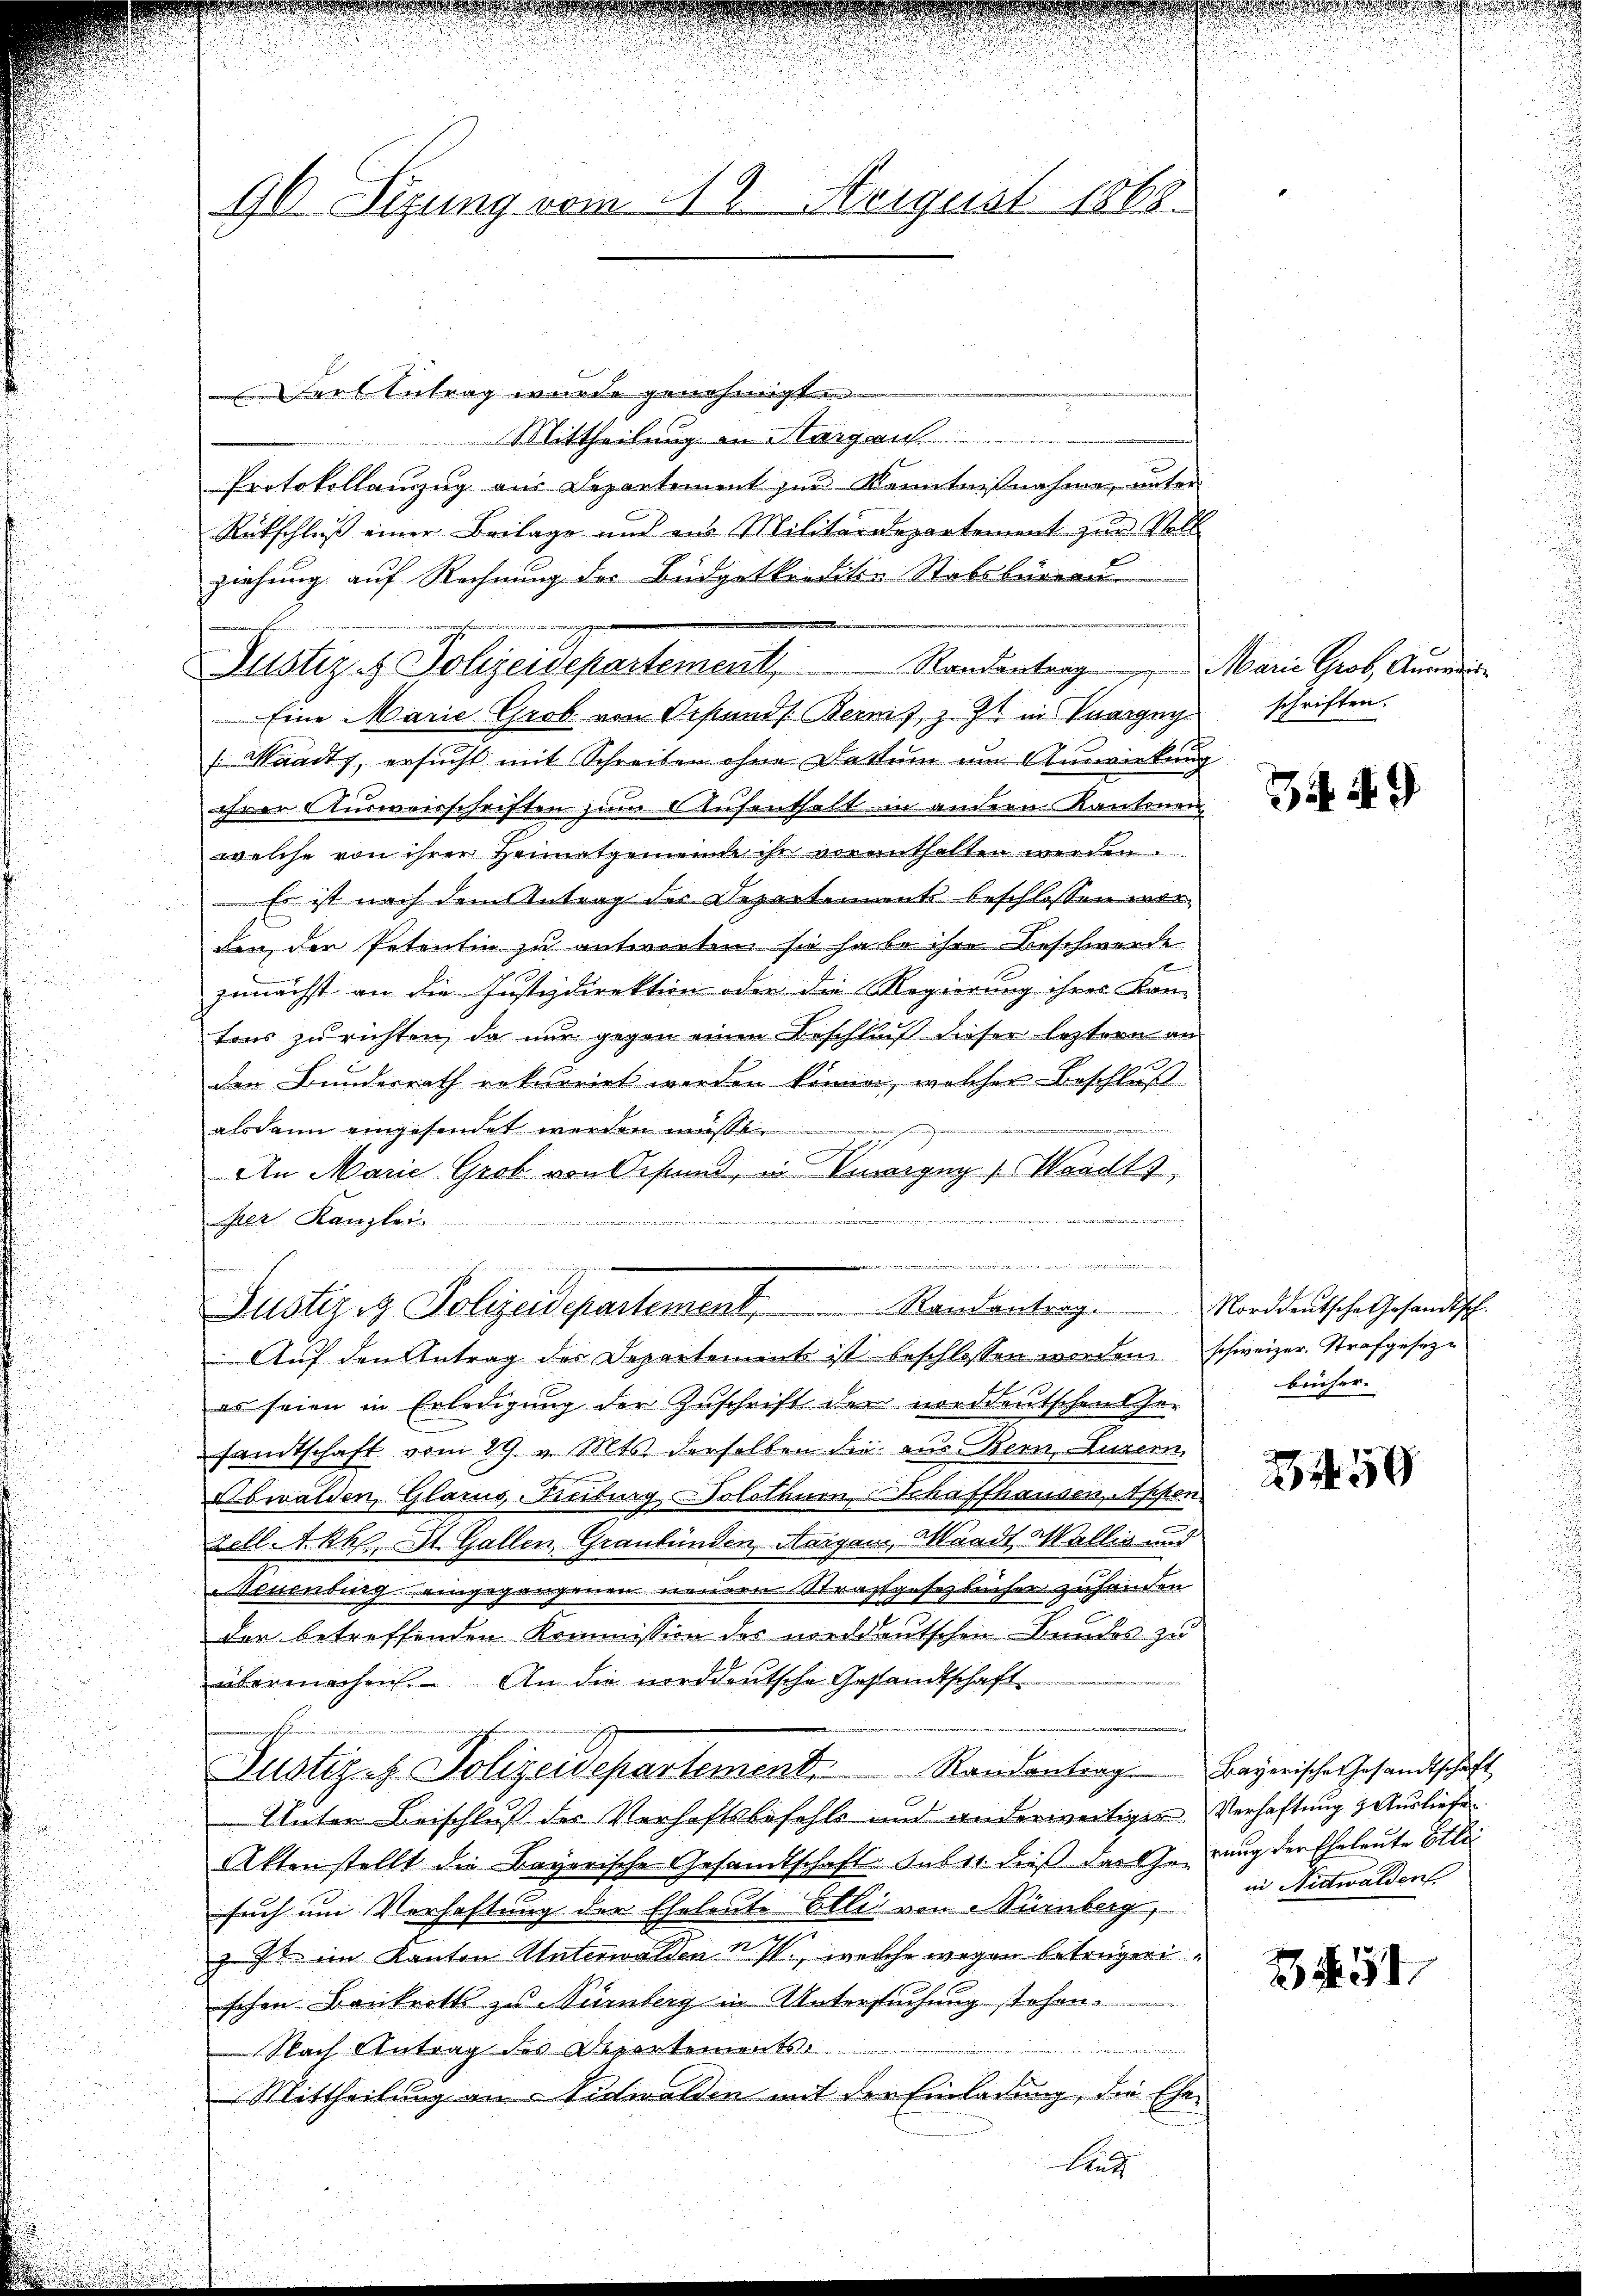
90 Sizung vom 18. August 1868

Farl Antrag wurde genehmigte
Mittheilung in Margau.
Protokollauszug aus Departement zur Kenntnißnahme, unter
Rütschluß einer Beilage und ein Militärdepartement zur Voll
ziehung auf Rechnung des Büdgetkreditio Stabsbureau
Justiz & Polizeidepartement, Randantrag Marie Grob, Anregie¬
Eine Marie Grob von Orftands Bereit, z. Zt. in Vargny¬
 Waadt, ersucht mit Schreiben ohne Datum um Auswirkung
ihrer Ausweisschriften zum Aufenthalt in andern Kantonen
welche von ihrer Heimatgemeinde ihr veranthalten werden.
Es ist nach dem Antrag des Departements beschlossen worden der Petentin zu antworten sie habe ihre Beschwerde
b
zunächst an die Justizdirektion oder die Regierung ihres Kan-
tons zu richten, da nur gegen einen Beschluß dieser leztern an
den Bunderrath rekurrirt werden könne, welcher Beschluß
msons
alsdann eingesendet werden mus
An Marie Grob von Oesten, in Venergug Hardts,
in trete
i
er Kanzler
.

Justizig Polizeidepartement, Randantrag. Norddeutsche Gesandtsch

Sint

Auf den Antrag des Departement ist beschlossen worden schweizer. Strafgesez¬
1
es seien in Erledigung der Zuschrift der norddeutschen Ge-
samtschaft vom 29. v. Mts. derselben die aus Bern, Luzern,
Obwalden, Glarus-Reiburg Solothurn, Schaffhausen, Appen-
zell A.Rh., St. Gallen, Graubünden Neigen, Waadt, Wallis und
Neuenburg eingegangenen neuer Strafgesetzbücher zuhanden
den betreffenden Kommission der wedeutschen Bundes zu
übermachen. An die norddeutsche Gesandtschaft
Justiges Polizeidepartement. Randantrag. Payerische Gesandtschaft,
Unter Beischluß der Verhaftsbefehls und anderweitiger Verhaftung & Ausliefe
Akten stellt die Bayerische Gesandtschaft. Feber dieß das herung der Eheleute Etli
such um Verhaftung der Eheleute Etlii von Nürnberg,
 u im Kanton Unterwalden v. IV., welche wegen betrügeri.
schen Bankrotts zu Nürnberg in Untersuchung stehen.
224
Nach Antrag des Departements
Mittheilung an Nidwalden mit der Einladung, die Ehe¬

schriften.

34. 4. 9

bücher.

250

in Nidwaldent.

2254